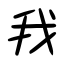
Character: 我